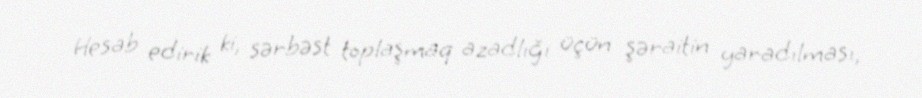
Hesab edirik ki, sərbəst toplaşmaq azadlığı üçün şəraitin yaradılması,